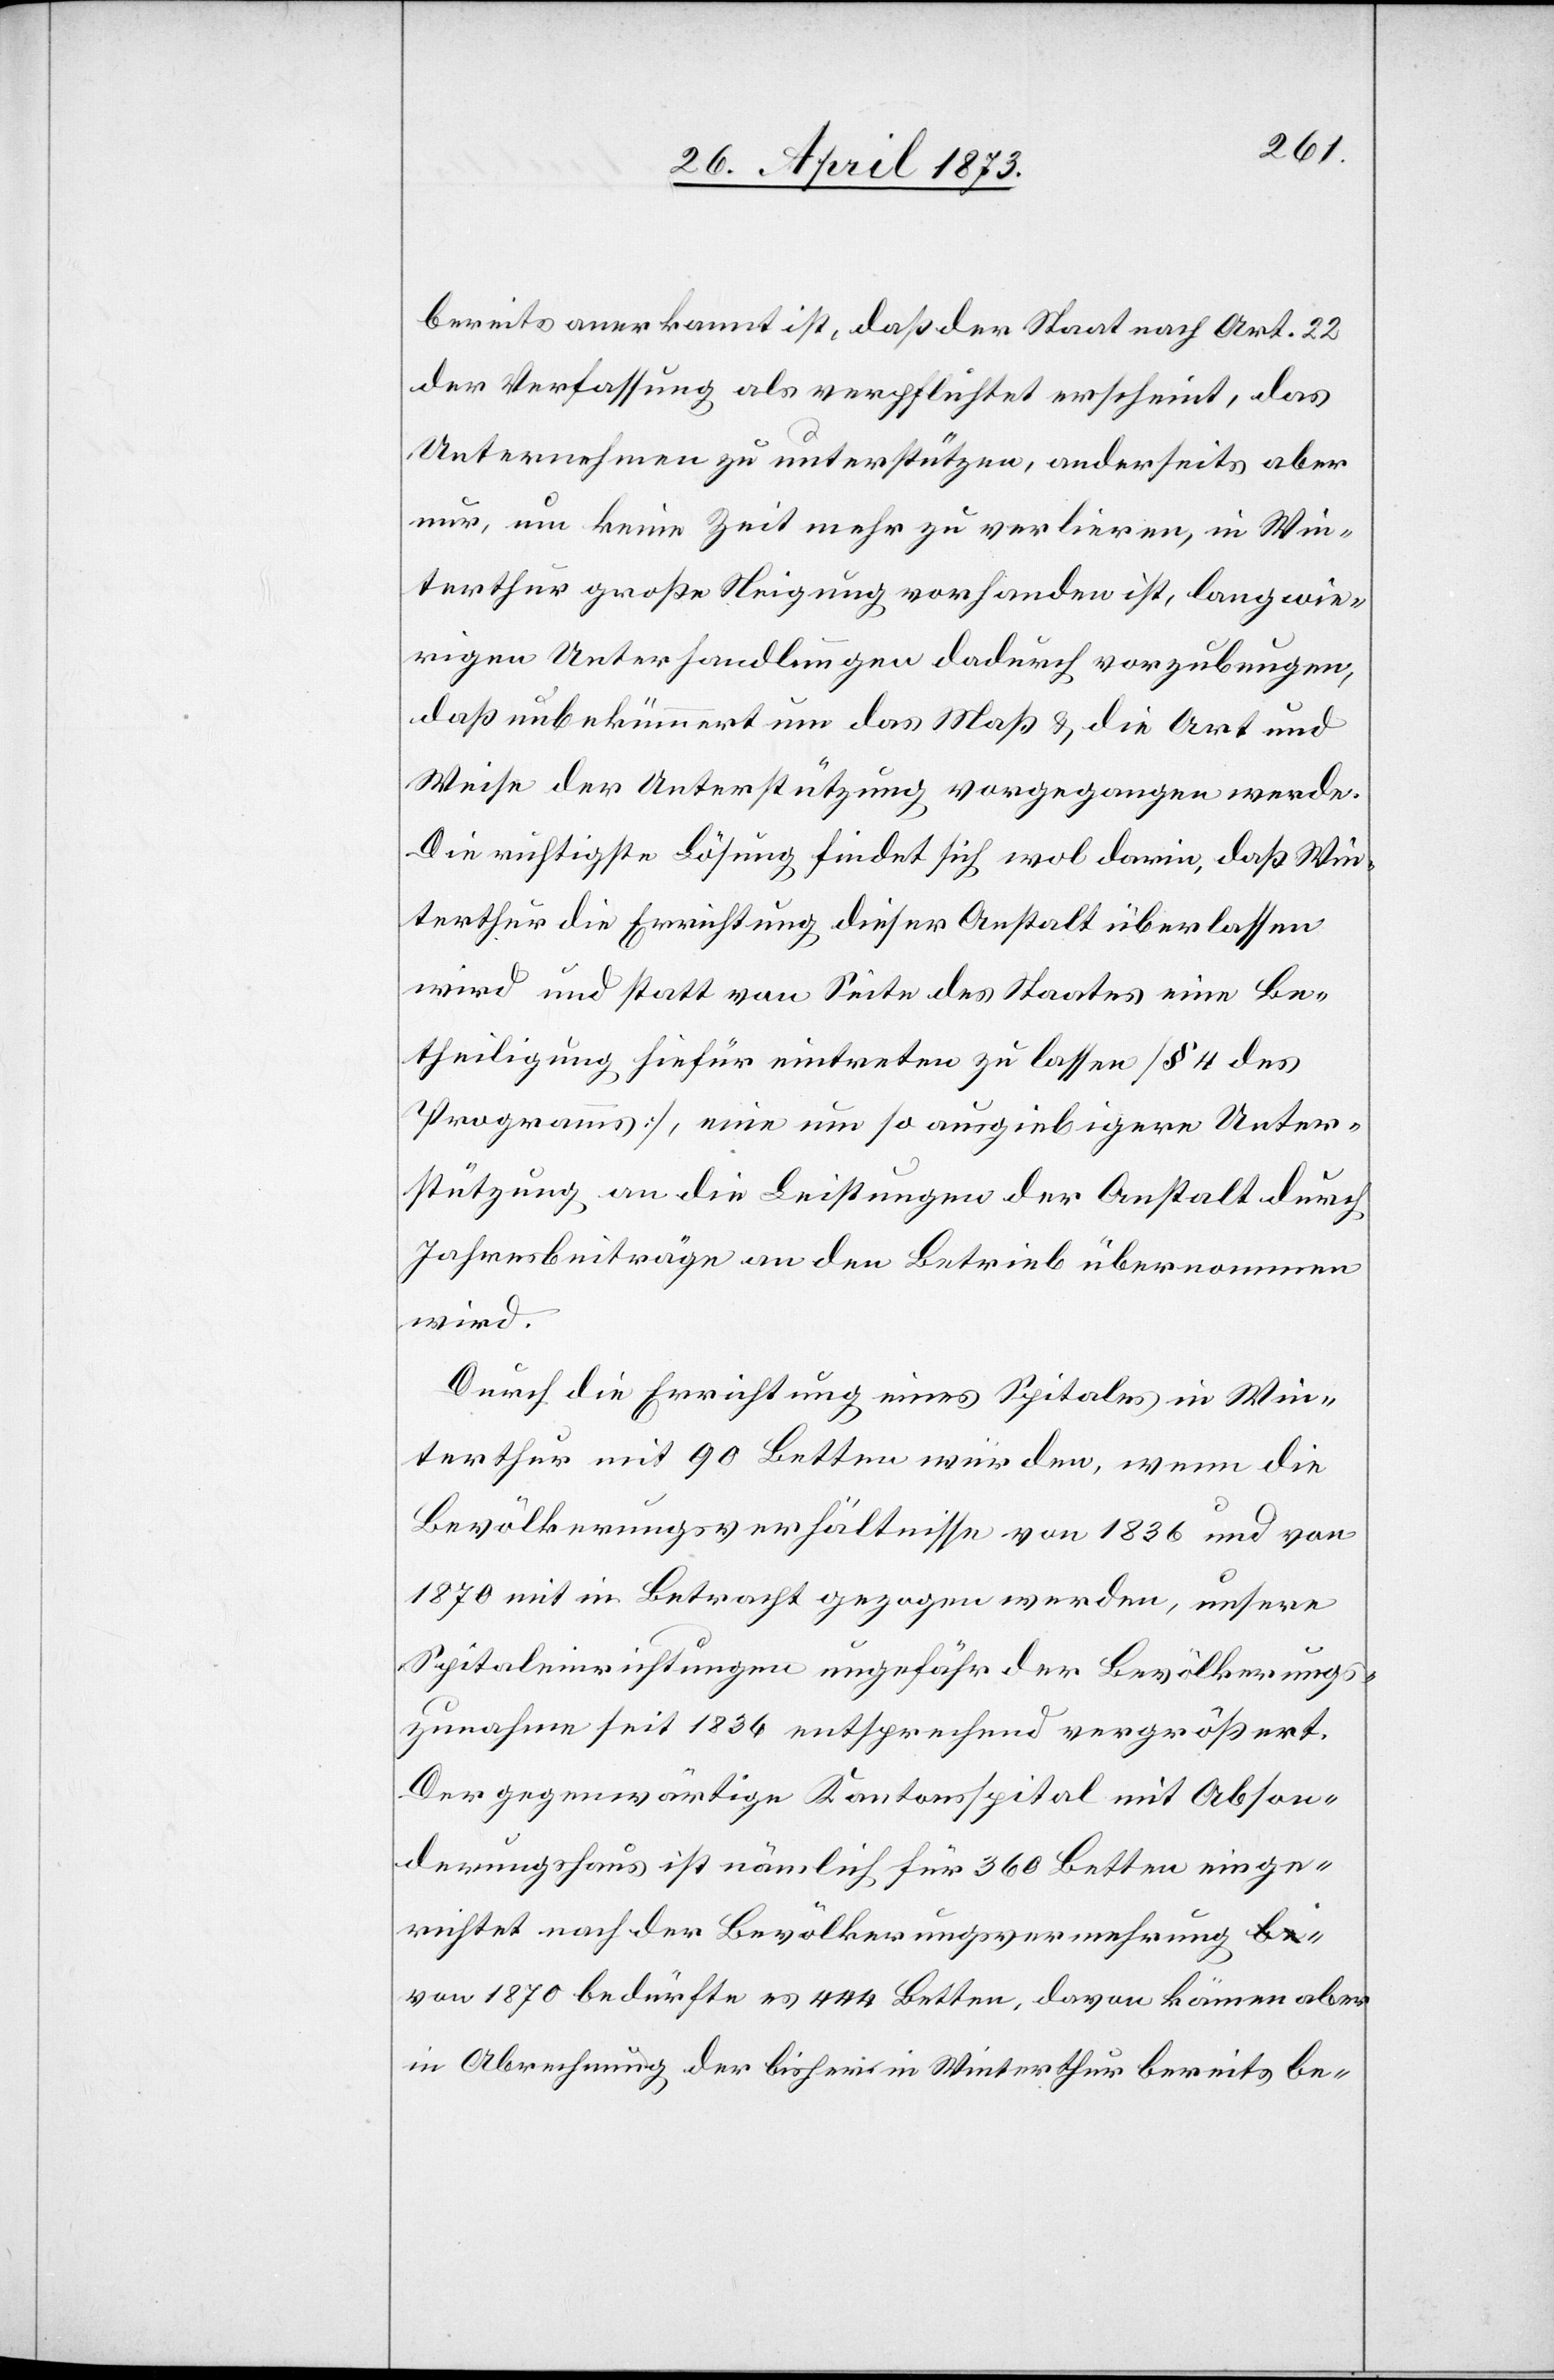
bereits anerkannt ist, daß der Staat nach Art. 22
der Verfassung als verpflichtet erscheint, das
Unternehmen zu unterstützen, anderseits aber
nur, um keine Zeit mehr zu verlieren, in Win¬
terthur große Neigung vorhanden ist, langwie¬
rigen Unterhandlungen dadurch vorzubeugen,
daß unbekümmert um das Maß & die Art und
Weise der Unterstützung vorgegangen werde.
Die richtigste Lösung findet sich wol darin, daß Win¬
terthur die Errichtung dieser Anstalt überlassen
wird und statt von Seite des Staates eine Be¬
theiligung hiefür eintreten zu lassen [§ 4 des
Programms], eine um so ausgiebigere Unter¬
stützung an die Leistungen der Anstalt durch
Jahresbeiträge an den Betrieb übernommen
wird.
Durch die Errichtung eines Spitales in Win¬
terthur mit 90 Betten würden, wenn die
Bevölkerungsverhältnisse von 1836 und von
1870 mit in Betracht gezogen werden, unsere
Spitaleinrichtungen ungefähr der Bevölkerungs¬
zunahme seit 1836 entsprechend vergrößert.
Der gegenwärtige Kantonsspital mit Abson¬
derungshaus ist nämlich für 360 Betten einge¬
richtet nach der Bevölkerungsvermehrung
von 1870 bedürfte es 444 Betten, davon kämen aber
in Abrechnung der bisher in Winterthur bereits be-